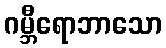
ဂမ္ဘီရောဘာသော